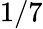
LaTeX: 1/7